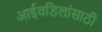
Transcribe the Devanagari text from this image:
आईवडिलांसाठी